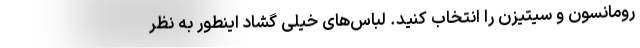
رومانسون و سیتیزن را انتخاب کنید. لباس‌های خیلی گشاد اینطور به نظر